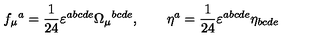
f _ { \mu } { } ^ { a } = \frac { 1 } { 2 4 } \varepsilon ^ { a b c d e } \Omega _ { \mu } { } ^ { b c d e } , \qquad \eta ^ { a } = \frac { 1 } { 2 4 } \varepsilon ^ { a b c d e } \eta _ { b c d e }